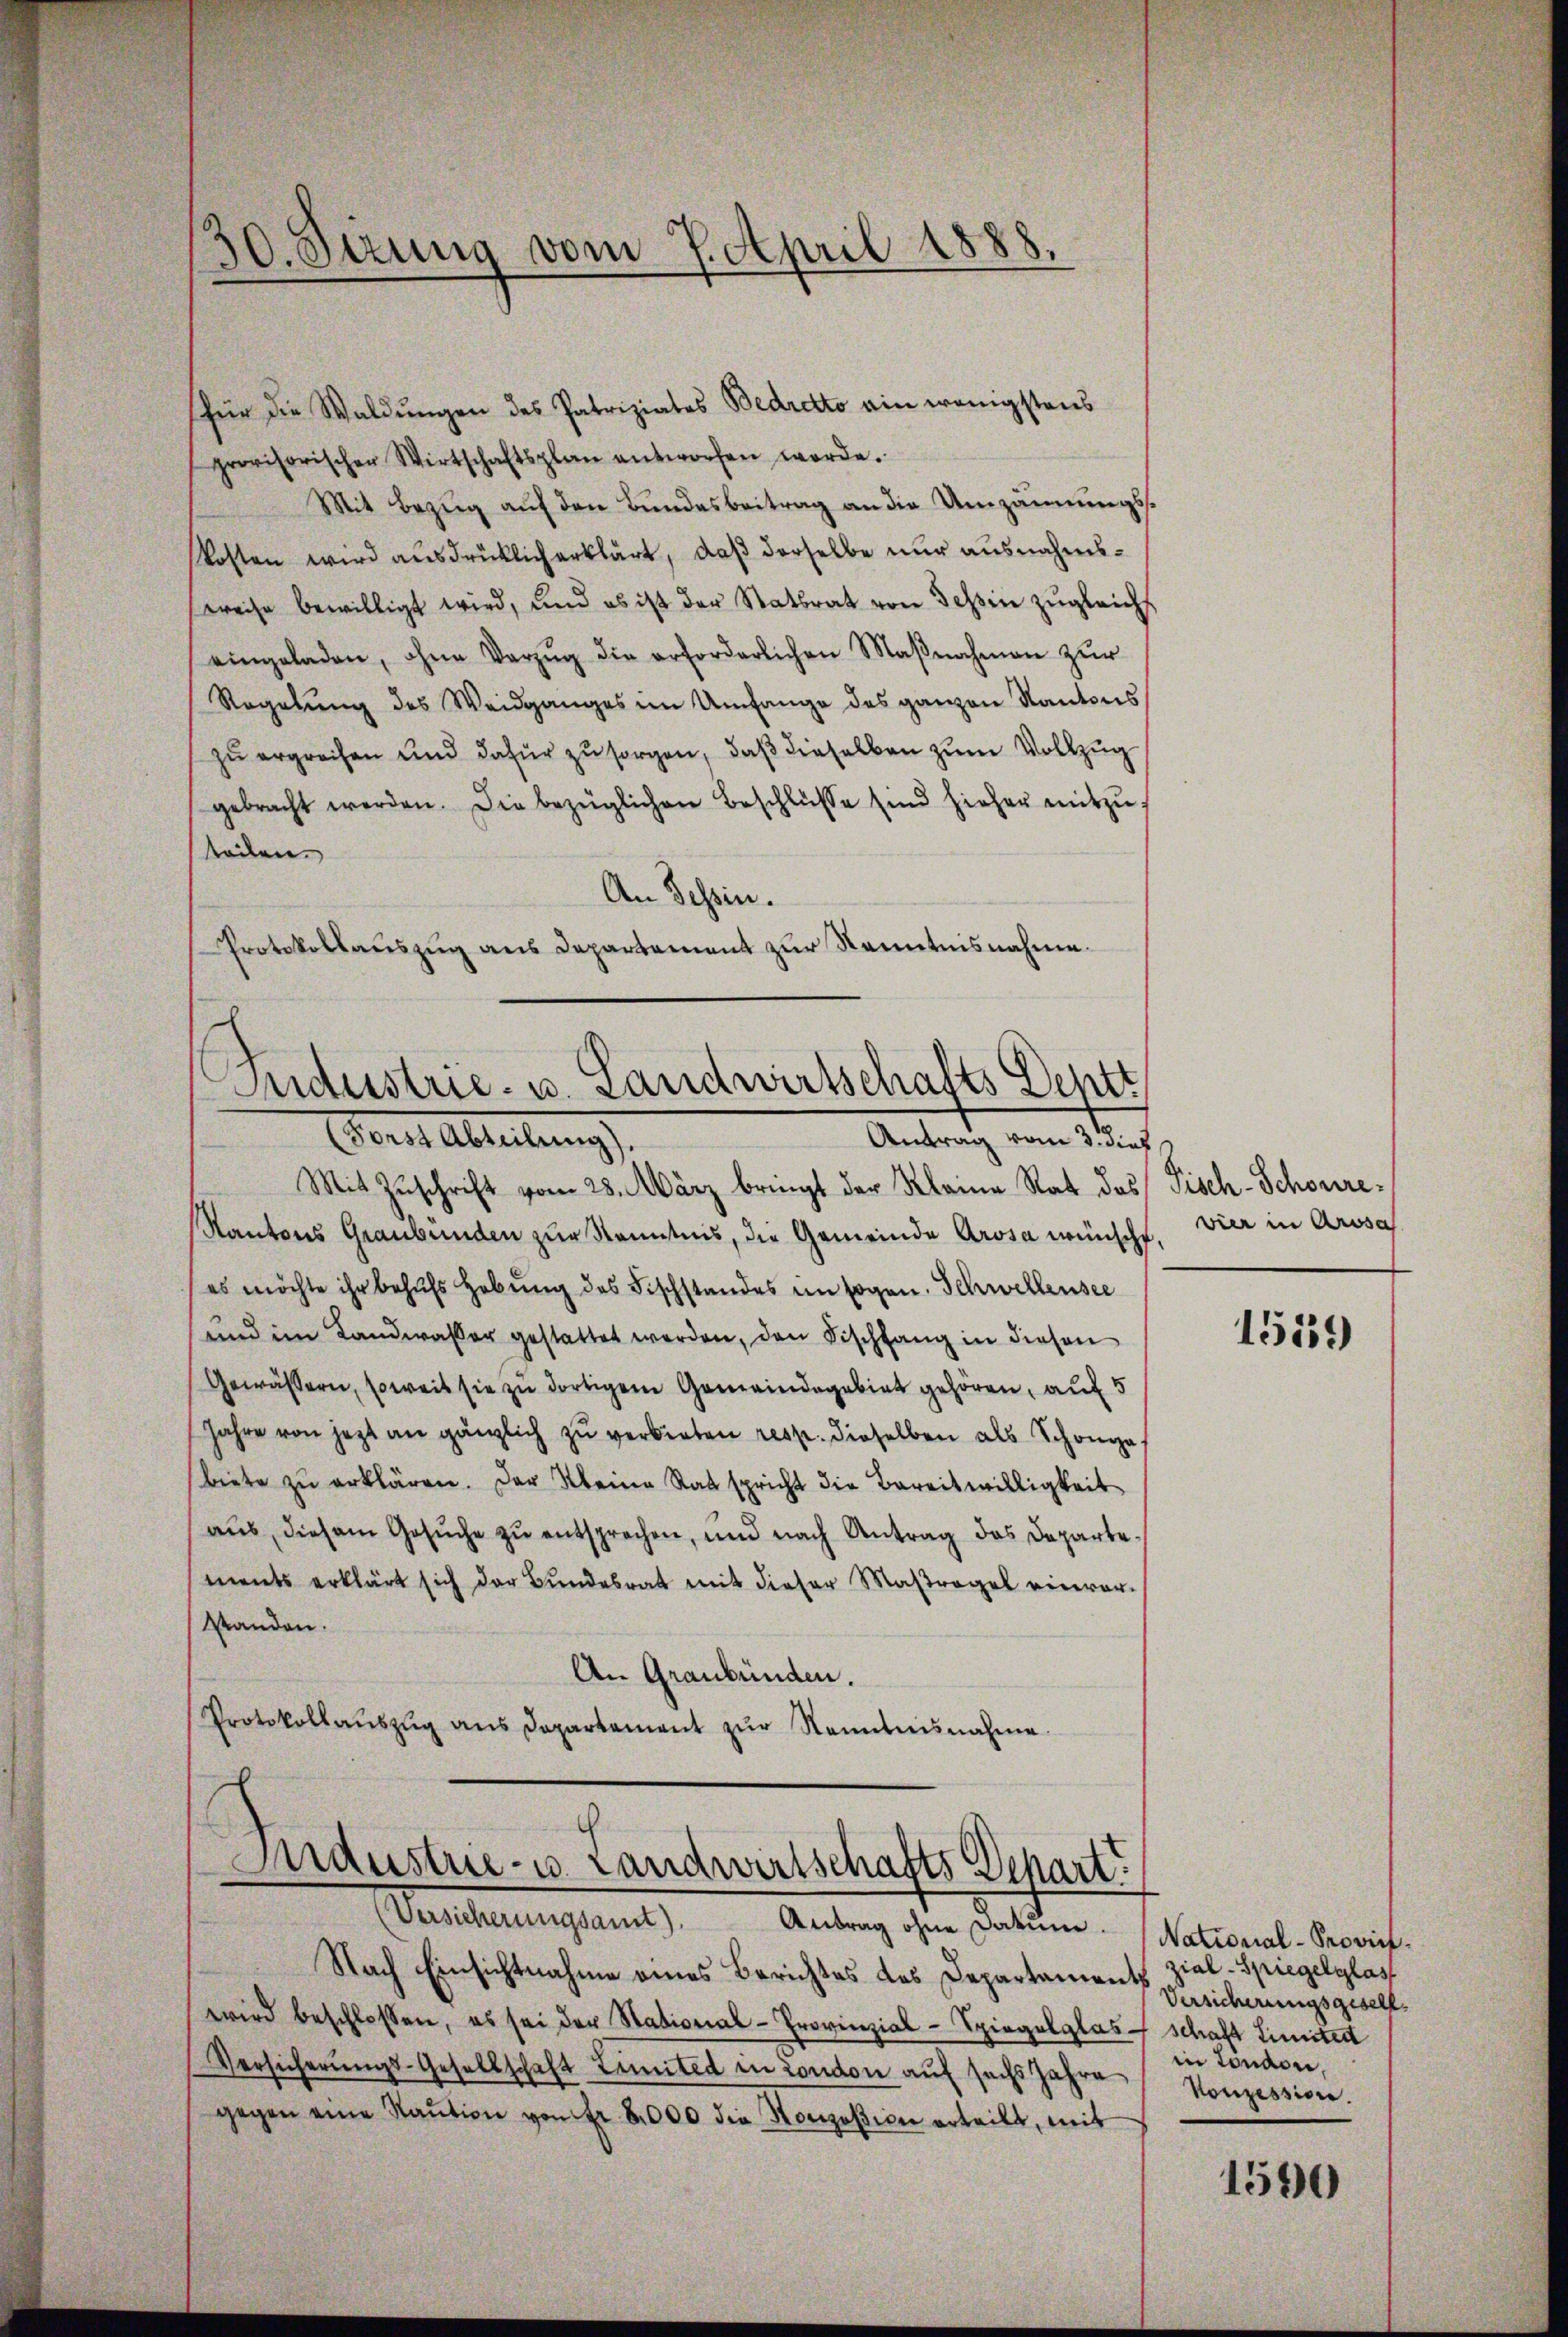
30. Jung vom 7. April 1

für die Waldungen des Patriziates Bedretto ain wenigstens
provisorischen Wirtschaftsplan antworfen werde.
Mit Bezug auf den Bundesbeitrag an die Umzäumungskosten wird ausdrücklich erklärt, daß derselbe nur ausnahmsweise bewilligt wird, und es ist der Statsrat von Tessin zŭgleichs
eingeladen, ohne Vorzŭg die erforderlichen Maβnahmen zŭr
Regelŭng des Weidganges im Umfange des ganzen Kantons
zu ergrechen und dafür zu sorgen, daß dieselben zum Vollzug
gebracht werden. Die bezüglichen Beschlüsse sind hieher mitzuteilen.
An Tessin.
Protokollaŭszŭg ans Departement zŭr Kenntnisnahme.

Industrie- u. Landwirtschafts Dentt
Antrag vom 3. dies
ones Abreitung

c
Maustrie- u. Landwirtschafts Depart
(Versicherŭngsamt). Antrag ohne Datum.

Mit Zuschrift vom 28. März bringt der Kleine Rat des Fisch-Schönre¬
Kantons Graubünden zur Kenntnis, die Gemeinde Arosa wünscht,
es möchte ihr behŭfs Hebŭng des Fischstandes im sogen. Schwellensee
und im Landwasser gestattet werden, den Fischfang in diesen
Gewässern, soweit sie zu dortigem Gemeindegebiet gehören, auf 5
Jahre von jezt an gänzlich zŭ verbieten resp. dieselben als Schonga
biete zu erklären. Der Meine Ratspricht die Bereitwilligkeit
aŭs diesem Gesŭche zŭ entsprechen, und nach Antrag das Departe.
ments erklärt sich der Bŭndesrat mit dieser Maßregel einver-
Wanden.
An Graubünden.
Protokollaŭszŭg ans Departement zŭr Kenntnisnahme.

Nach Einsichtnahme eines Berichtes des Departaments zial-Spiegelglast
wird beschlossen, es sei der Stational-Provinzial-Spiegelglas schaft Limiter
Versicherŭngs-Gesellschaft Limited in London aŭf sechs Jahre Konzession.
gegen eine Raŭtion von Fr. 8000 die Konzession erteilt, mit

vier in Arosa

1559

National-Provi¬
Versicherungsgesell
in London,

1590